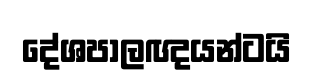
දේශපාලඥයන්ටයි